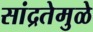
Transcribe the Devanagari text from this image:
सांद्रतेमुळे